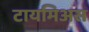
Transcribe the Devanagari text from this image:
टायमिअस